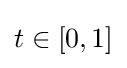
t\in \left[0,1\right]